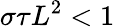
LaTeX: \sigma\tau L^{2}<1